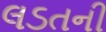
લડતની